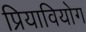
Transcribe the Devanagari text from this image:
प्रियावियोग